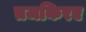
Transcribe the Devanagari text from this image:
तजकिरए